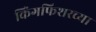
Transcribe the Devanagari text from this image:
किंगफिशरच्या